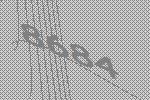
8684